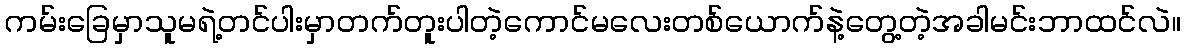
ကမ်းခြေမှာသူမရဲ့တင်ပါးမှာတက်တူးပါတဲ့ကောင်မလေးတစ်ယောက်နဲ့တွေ့တဲ့အခါမင်းဘာထင်လဲ။